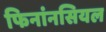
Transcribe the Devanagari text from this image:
फिनांनसियल